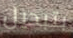
بتبديل